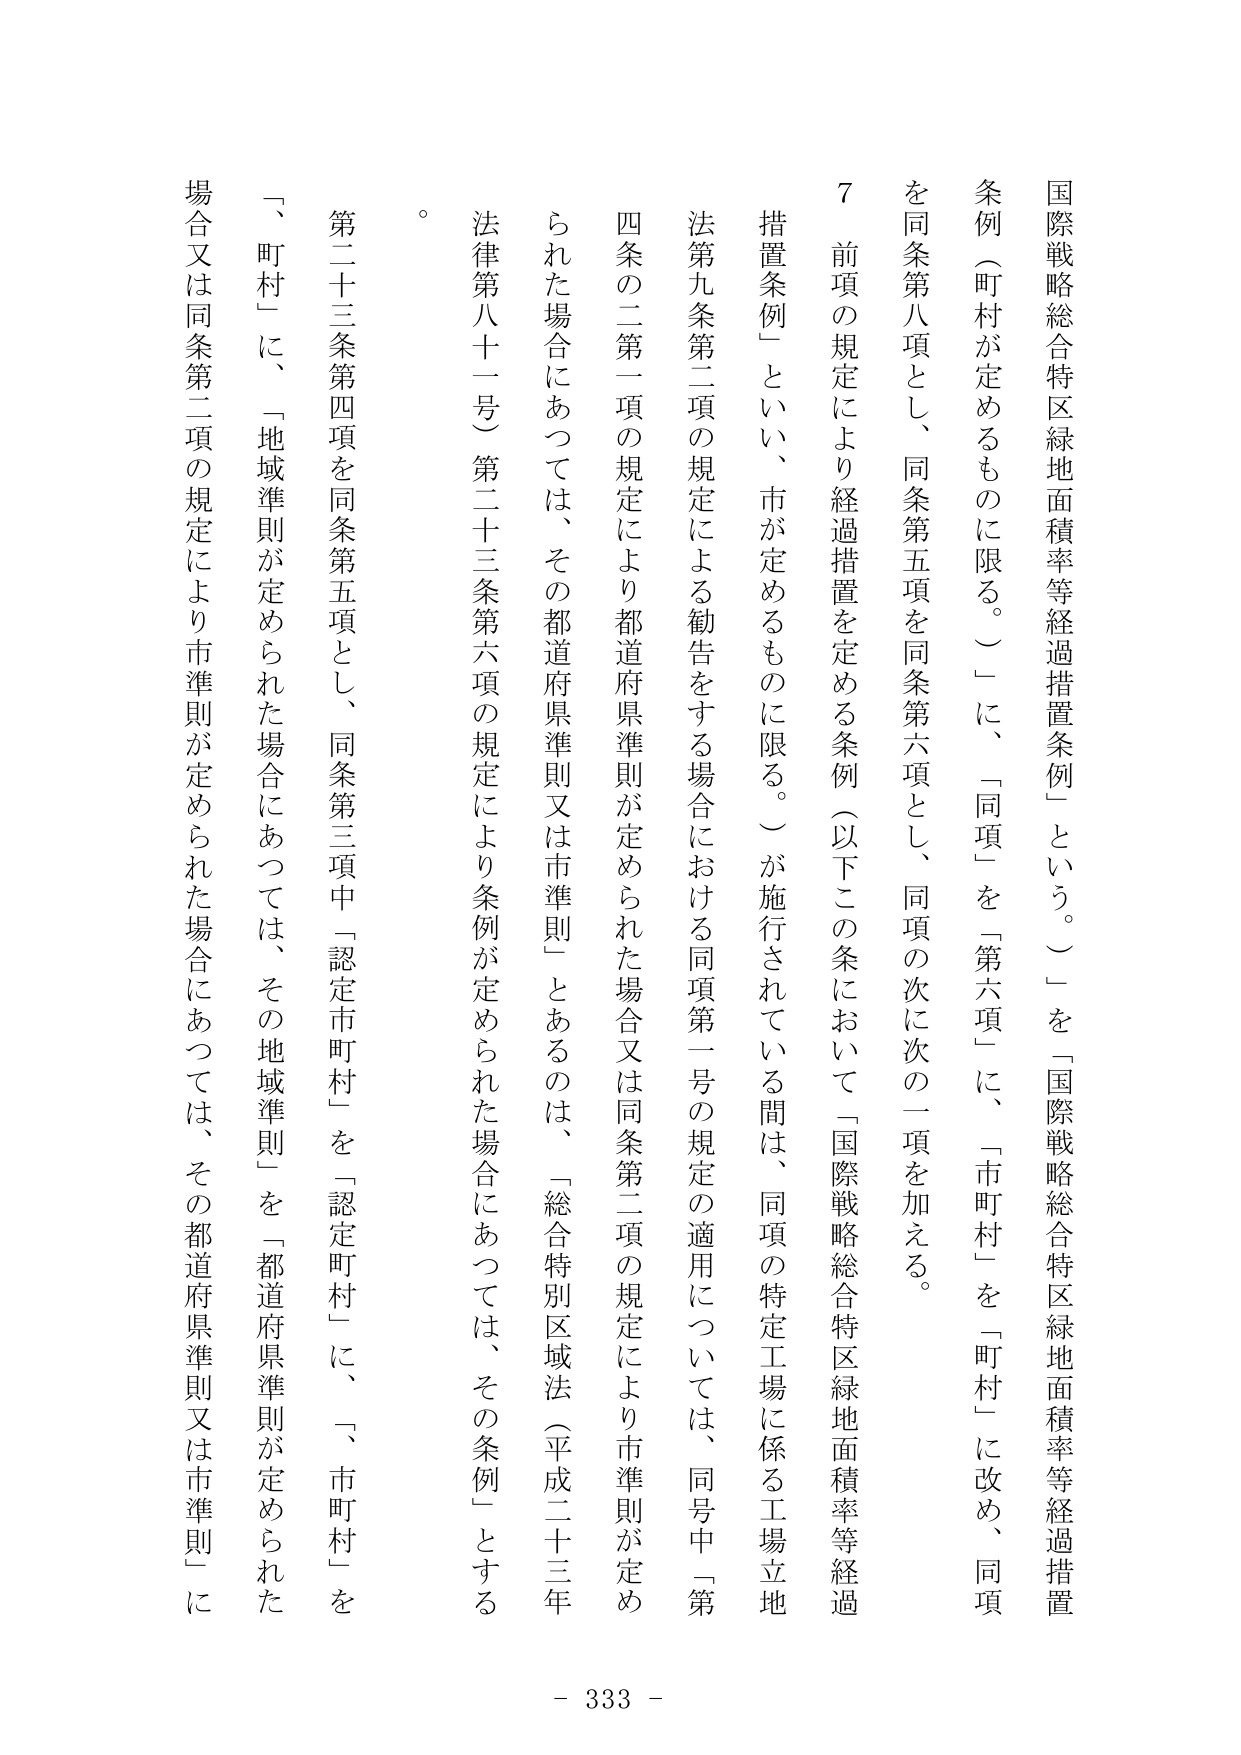
国際戦略総合特区緑地面積率等経過措置条例」という。）」を「国際戦略総合特区緑地面積率等経過措置条例（町村が定めるものに限る。）」に、「同項」を「第六項」に、「市町村」を「町村」に改め、同項を同条第八項とし、同条第五項を同条第六項とし、同項の次に次の一項を加える。

７　前項の規定により経過措置を定める条例（以下この条において「国際戦略総合特区緑地面積率等経過措置条例」といい、市が定めるものに限る。）が施行されている間は、同項の特定工場に係る工場立地法第九条第二項の規定による勧告をする場合における同項第一号の規定の適用については、同号中「第四条の二第一項の規定により都道府県準則が定められた場合又は同条第二項の規定により市準則が定められた場合にあっては、その都道府県準則又は市準則」とあるのは、「総合特別区域法（平成二十三年法律第八十一号）第二十三条第六項の規定により条例が定められた場合にあっては、その条例」とする。

第二十三条第四項を同条第五項とし、同条第三項中「認定市町村」を「認定町村」に、「市町村」を「町村」に、「地域準則が定められた場合にあっては、その地域準則」を「都道府県準則が定められた場合又は同条第二項の規定により市準則が定められた場合にあっては、その都道府県準則又は市準則」に

- 333 -